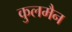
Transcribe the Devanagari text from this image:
कुलमैन